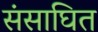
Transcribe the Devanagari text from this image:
संसाघित